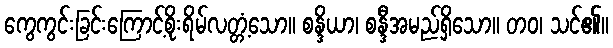
ကွေကွင်းခြင်းကြောင့်စိုးရိမ်လတ္တံ့သော။ စန္ဒိယာ၊ စန္ဒီအမည်ရှိသော။ တဝ၊ သင်၏။